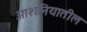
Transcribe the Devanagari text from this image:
ओशनियातील